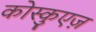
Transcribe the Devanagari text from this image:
कोस्कुएज़